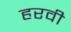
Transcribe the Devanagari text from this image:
हरवी